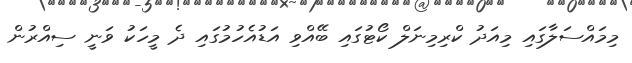
މިމައްސަލާގައި މިއަދު ކްރިމިނަލް ކޯޓުގައި ބޭއްވި އަޑުއެހުމުގައި ދެ މީހަކު ވަނީ ސިއްރުން